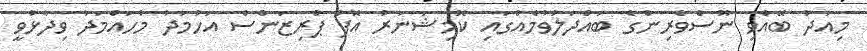
މިއަދު ބޭއްވި ނޫސްވެރިންގެ ބައްދަލުވުމެއްގައި ކޮމިޝަނަރު އޮފް ޕްރިޒަންސް އަހުމަދު މުހައްމަދު ވިދާޅުވީ